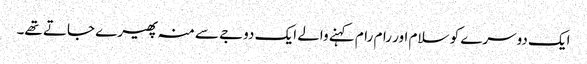
ایک دوسرے کو سلام اور رام رام کہنے والے ایک دوجے سے منہ پھیرے جاتے تھے۔